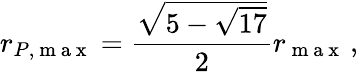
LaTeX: r_{P,\mathrm{~m~a~x~}}=\frac{\sqrt{5-\sqrt{17}}}{2}r_{\mathrm{~m~a~x~}}\, ,